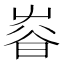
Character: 𡴜